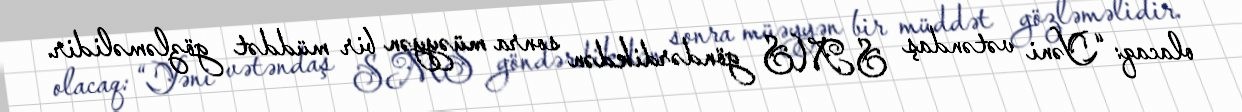
olacaq: “Yəni vətəndaş SMS göndərdikdən sonra müəyyən bir müddət gözləməlidir.